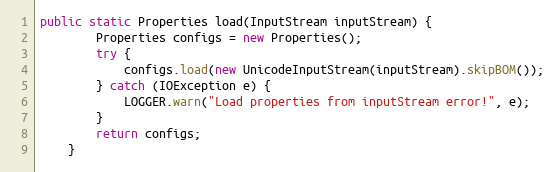
Language: Java
public static Properties load(InputStream inputStream) {
        Properties configs = new Properties();
        try {
            configs.load(new UnicodeInputStream(inputStream).skipBOM());
        } catch (IOException e) {
            LOGGER.warn("Load properties from inputStream error!", e);
        }
        return configs;
    }